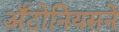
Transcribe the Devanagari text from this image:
अँटोनियसने